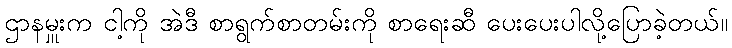
ဌာနမှူးက ငါ့ကို အဲဒီ စာရွက်စာတမ်းကို စာရေးဆီ ပေးပေးပါလို့ပြောခဲ့တယ်။